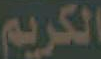
الكريم